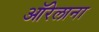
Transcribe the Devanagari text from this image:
ऑरेलाना